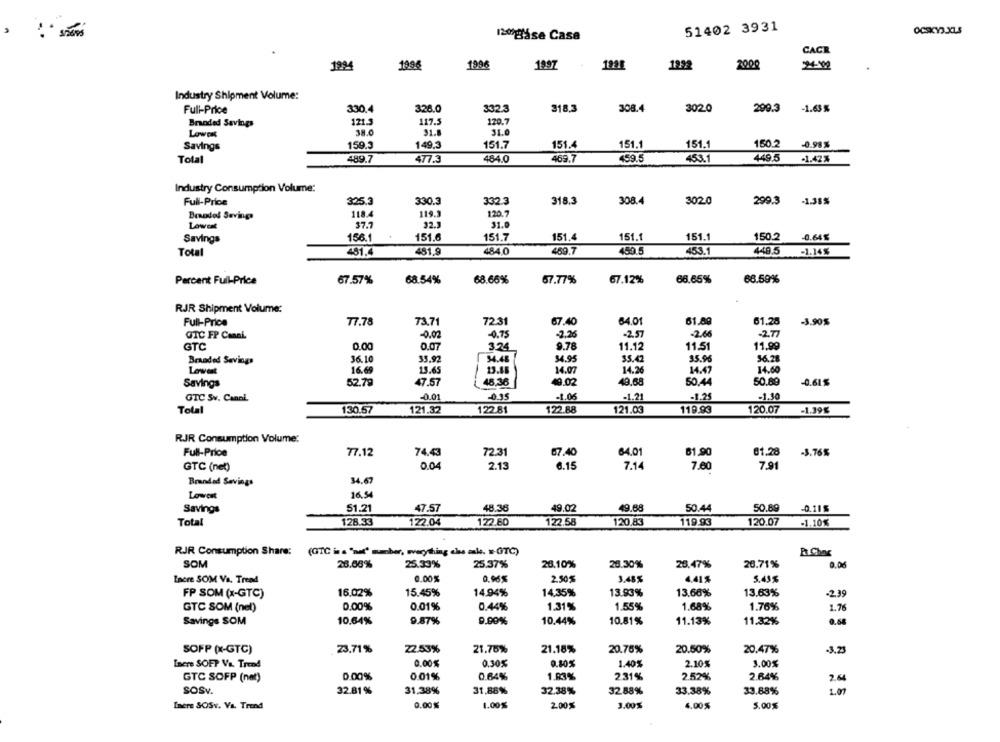
51402 3931
OCSKY3.XLS
120gáse Case
CAGE
1994
1996
1996
1997
12%
200
Industry Shipment Volume:
Full-Price
330.4
328.0
332.3
318.3
308.4
3020
299.3
-1.63 %
Branded Savings
121.3
117.5
120.7
Lowest
91.8
31.0
Savings
159.3
149,3
151.7
151.4
151.1
151.1
150.2
-0.98%
Total
489.7
477.3
484.0
469.7
459.5
453.
449.5
-1.42%
Industry Consumption Volume:
Full-Price
325.3
330.3
332.3
318.3
308.4
3020
299.3
-1.31%
Brnodos Savings
118.4
119.3
120.7
32.1
Lowest
37.7
31.0
156.1
151.6
151.7
151.4
151.1
151.1
150.2
0.64%
Savings
Total
481.4
481.9
484 0
469.7
450 5
453.
448.5
-1.14%
Percent Full-Price
67.57%
68.54%
68.66%
57.77%
67.12%
66.65%
68.59%
RJR Shipment Volume:
61.89
Full-Price
77.78
73.71
72.31
67.40
64.01
61.28
-3.90%
-0.75
-2,26
-2.57
-2.66
-2.77
GTC FP Canal.
-0.02
GTC
0.00
0.07
324
9.78
11.12
11.51
11.99
Branded Savings
36.10
35.92
54.48
34.95
$5.42
35.96
36.28
Lowert
16.69
15.65
13.45
14.07
14.26
14.47
14.60
Savings
52.79
47.57
48,36
49.02
49.68
50.44
50.89
-0.61$
GTC Sv. Canal
-0.01
-095
-1.06
-1.21
-1.25
-1.30
122.88
119.93
120.07
Total
130.57
121.32
122.81
121.03
-1.39€
RJR Consumption Volume:
Full-Price
77.12
74.43
72.31
67.40
64.01
61,90
81.28
-3.76%
GTC (net)
0.04
2.13
6.15
7.14
7.00
7.9
Branded Savings
34.67
Lowest
16,54
Savings
51.21
47.57
48.36
49.02
49.68
50.44
50.89
-0.115
Total
128.33
122.04
122.60
122.58
120.83
119.93
120.07
-1.10%
RJR Consumption Share:
Rt Choc
SOM
28.66%
25.33%
25.37%
26.10%
28.30%
25.47%
26.71%
0.06
Incre SOM Va. Tread
0.00%
0.96%
2.50%
3.48%
4,41%
5.43%
FP SOM (x-GTC)
16.02%
15.45%
14.94%
14,35%
13.93%
13.66%
13.63%
-2.39
GTC SOM (nel)
0.00%
0.01%
0.44%
1.31%
1.55%
1.68%
1.76%
1.76
Savings SOM
10.64%
9.87%
9.90%
10.44%
10.81%
11.13%
11.32%
0.68
SOFP (X-GTC)
23.71%
22.53%
21.70%
21.18%
20.76%
20.50%
20.47%
-3.2
Incre SOFT Ve. Trend
0.00%
0.30%
0.80%
1.40%
2.10%
3.00%
0.00%
0.01%
0.64%
1.83%
231%
2.52%
2.64%
GTC SOFP (nat)
SOSV.
32.81%
31.38%
31.88%
32.38%
3288%
33.38%
33.88%
1.07
0.00%
1.00%
Inere SOSv. Va. Trend
2.00%
3.00%
4.00%
5.00%